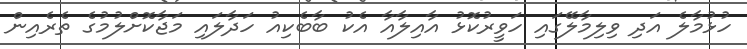
ހުޅުމާލެ އަދި ވިލިމާލޭގައި ހަވީރުކޮޅު އާއިލާއާ އެކު ބާބެކިއު ހަދާލައި މަޖާކޮށްލުމުގެ ތެރެއިން